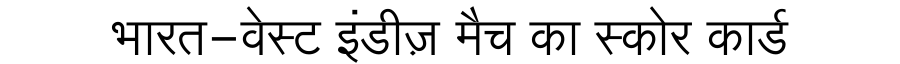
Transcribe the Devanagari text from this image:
भारत-वेस्ट इंडीज़ मैच का स्कोर कार्ड